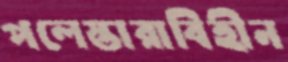
পলেস্তারাবিহীন